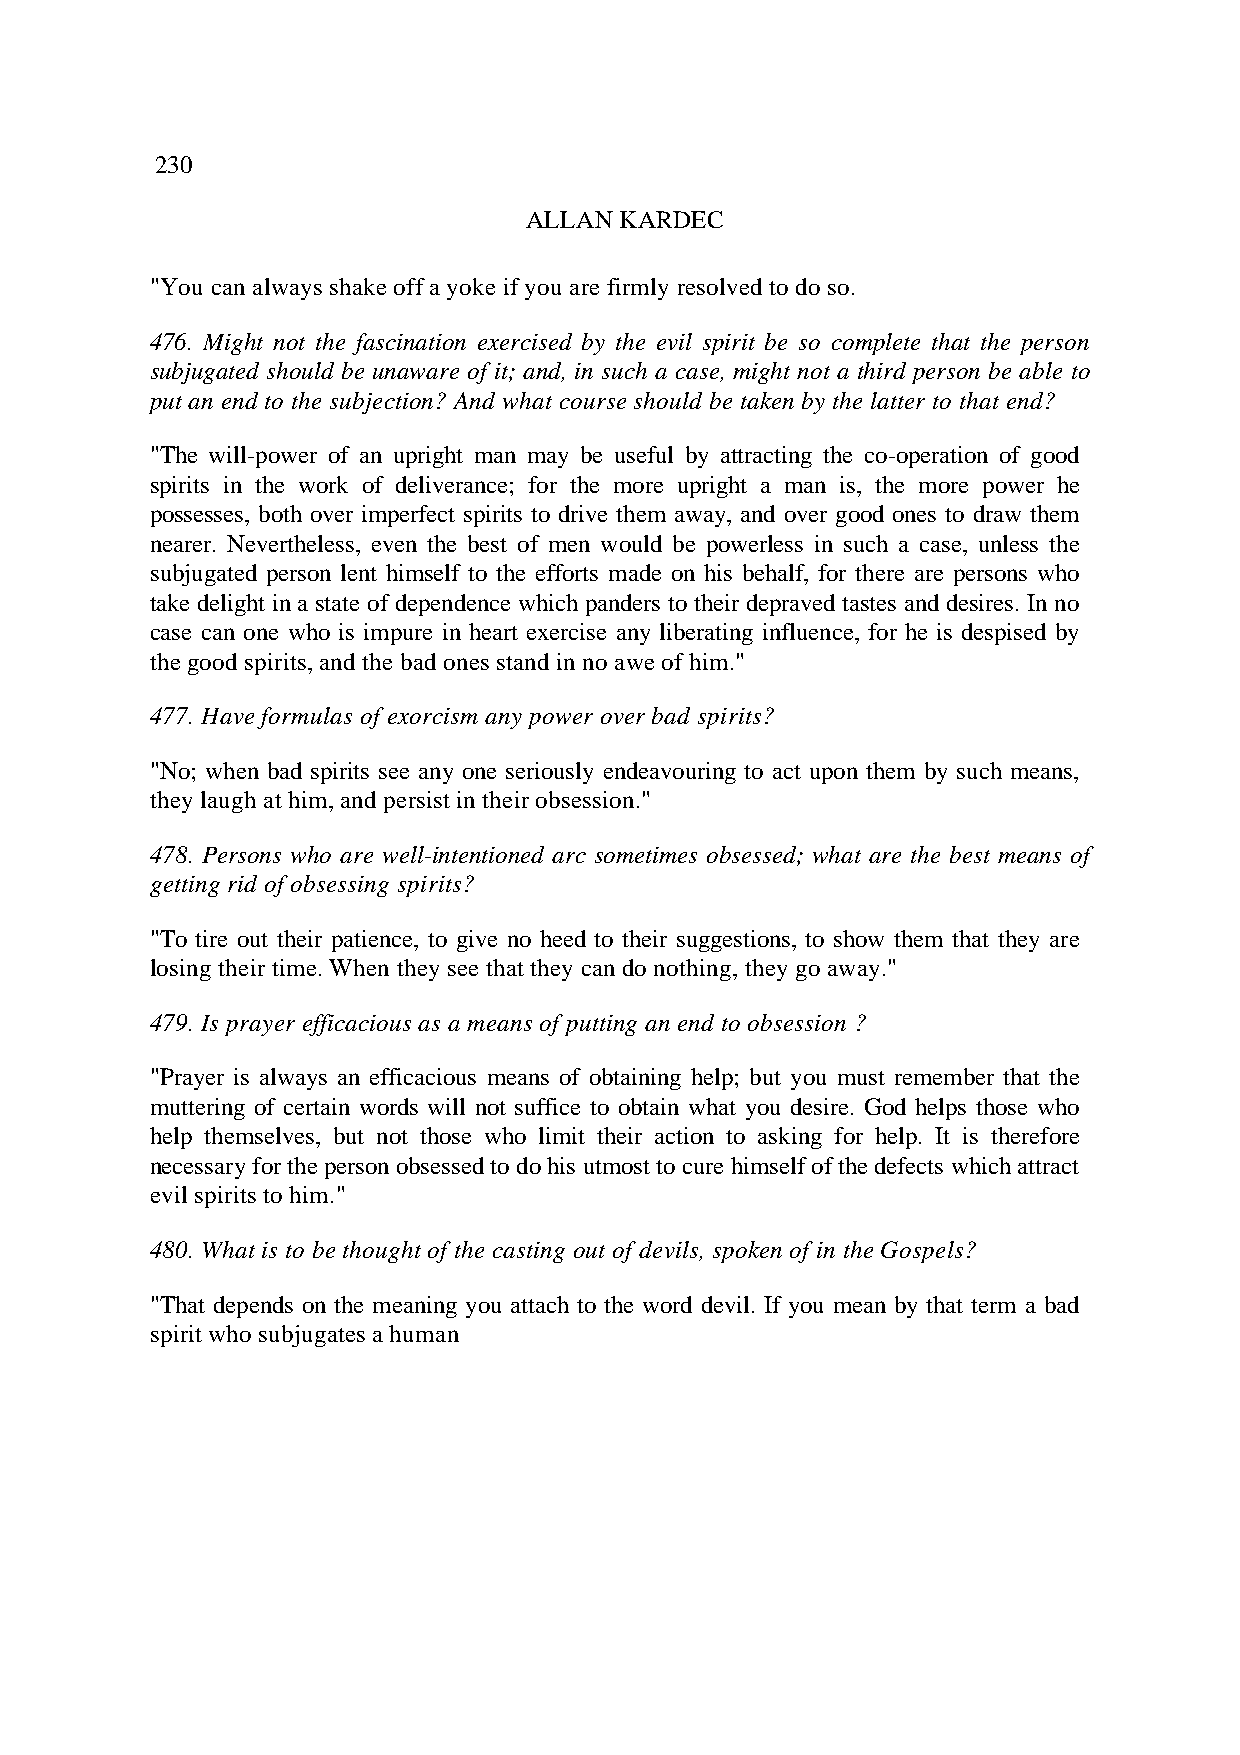
230
 ALLAN KARDEC
 "You can always shake off a yoke if you are firmly resolved to do so.
 476. Might not the fascination exercised by the evil spirit be so complete that the person
 subjugated should be unaware of it; and, in such a case, might not a third person be able to
 put an end to the subjection? And what course should be taken by the latter to that end?
 "The will-power of an upright man may be useful by attracting the co-operation of good
 spirits in the work of deliverance; for the more upright a man is, the more power he
 possesses, both over imperfect spirits to drive them away, and over good ones to draw them
 nearer. Nevertheless, even the best of men would be powerless in such a case, unless the
 subjugated person lent himself to the efforts made on his behalf, for there are persons who
 take delight in a state of dependence which panders to their depraved tastes and desires. In no
 case can one who is impure in heart exercise any liberating influence, for he is despised by
 the good spirits, and the bad ones stand in no awe of him."
 477. Have formulas of exorcism any power over bad spirits?
 "No; when bad spirits see any one seriously endeavouring to act upon them by such means,
 they laugh at him, and persist in their obsession."
 478. Persons who are well-intentioned arc sometimes obsessed; what are the best means of
 getting rid of obsessing spirits?
 "To tire out their patience, to give no heed to their suggestions, to show them that they are
 losing their time. When they see that they can do nothing, they go away."
 479. Is prayer efficacious as a means of putting an end to obsession ?
 "Prayer is always an efficacious means of obtaining help; but you must remember that the
 muttering of certain words will not suffice to obtain what you desire. God helps those who
 help themselves, but not those who limit their action to asking for help. It is therefore
 necessary for the person obsessed to do his utmost to cure himself of the defects which attract
 evil spirits to him."
 480. What is to be thought of the casting out of devils, spoken of in the Gospels?
 "That depends on the meaning you attach to the word devil. If you mean by that term a bad
 spirit who subjugates a human